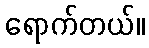
ရောက်တယ်။